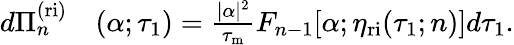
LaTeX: \begin{array}{rl}{d\Pi_{n}^{\mathrm{(ri)}}}&{{}(\alpha;\tau_{1})=\frac{|\alpha|^{2}}{\tau_{\mathrm{m}}}F_{n-1}[\alpha;\eta_{\mathrm{ri}}(\tau_{1};n)]d\tau_{1}.}\end{array}